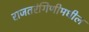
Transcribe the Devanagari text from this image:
राजतरंगिणीमधील